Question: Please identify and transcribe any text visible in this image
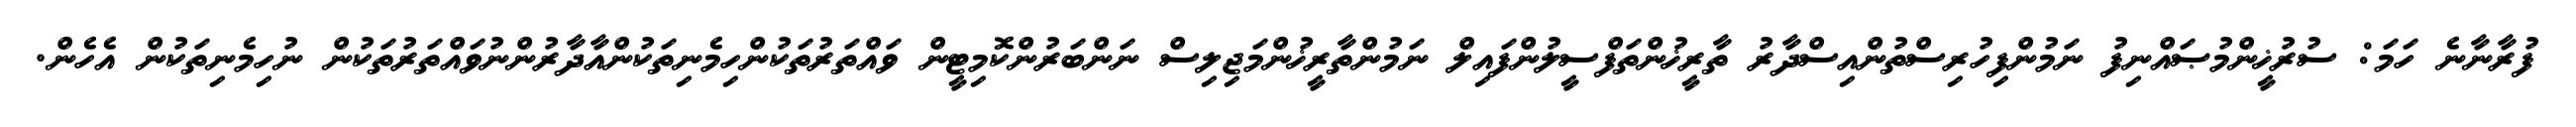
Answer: ފުރާނާނެ ހަމަ: ސުރުޚީންމުޞައްނިފު ނަމުންފިހުރިސްތުންއިސްދާރު ތާރީޚުންތަފްސީލުންފައިލް ނަމުންތާރީޚުންމަޖިލިސް ނަންބަރުންކޮމިޓީން ވައްތަރުތަކުންހިމެނިތަކުންއާދާރުންނުވައްތަރުތަކުން ނުހިމެނިތަކުން އެހެން.